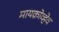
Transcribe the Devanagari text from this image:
मायक्रोव्हेव